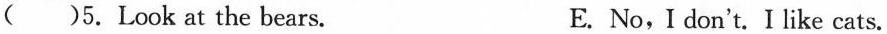
( )5.Look at the bears. E. No,I don't. I like cats.